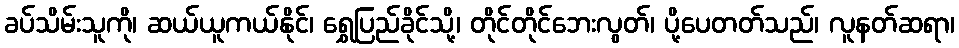
ခပ်သိမ်းသူကို၊ ဆယ်ယူကယ်နိုင်၊ ရွှေပြည်ခိုင်သို့၊ တိုင်တိုင်ဘေးလွတ်၊ ပို့ပေတတ်သည်၊ လူနတ်ဆရာ၊